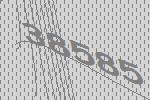
38585